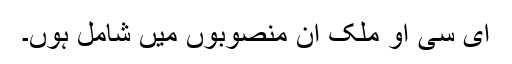
ای سی او ملک ان منصوبوں میں شامل ہوں۔